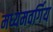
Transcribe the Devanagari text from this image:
मध्यमवर्गिय